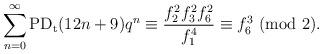
LaTeX: \begin{align*}\sum_{n=0}^{\infty}\textup{PD}_\textup{t}(12n+9)q^n&\equiv \dfrac{f_2^2f_3^2f_{6}^2}{f_1^4}\equiv f_6^3~(\textup{mod}~2).\end{align*}